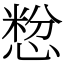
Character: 㥹